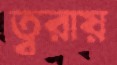
ত্বরায়